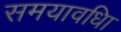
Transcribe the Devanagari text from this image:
समयावधिा